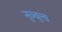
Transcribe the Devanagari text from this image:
नुव्वुला